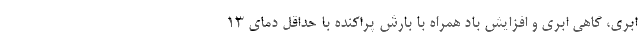
ابری، گاهی ابری و افزایش باد همراه با بارش پراکنده با حداقل دمای ۱۳